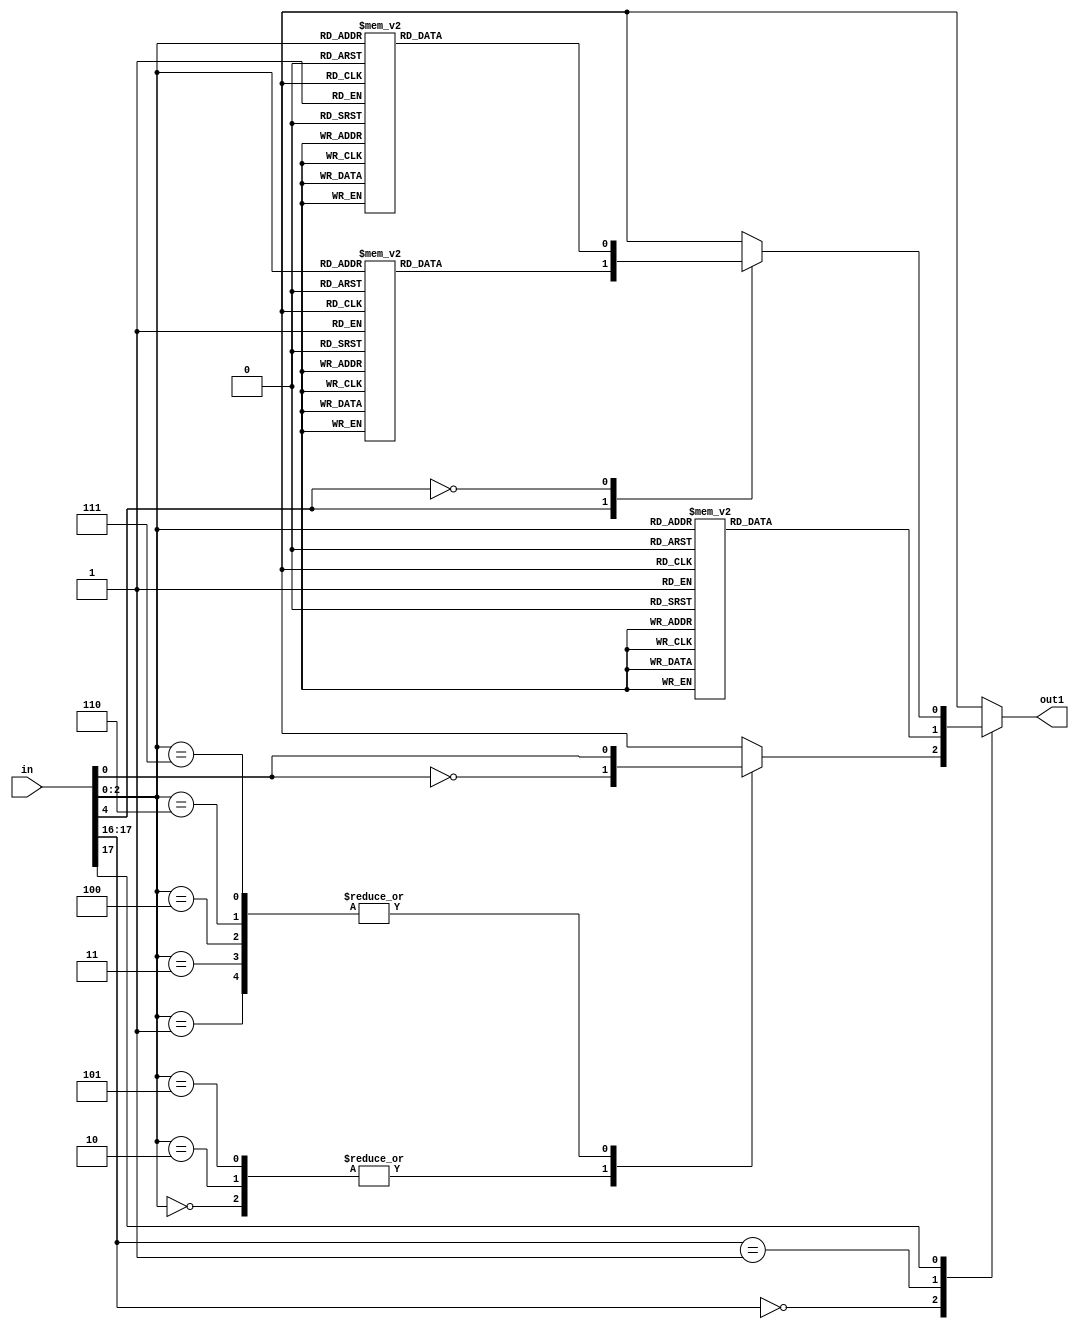
module sub_17 (
   out1,
   in
   );
   input      [23:0] in;
   output reg [0:0] out1;  
   parameter [1023:0] RANDOM = 1024'b101011010100011011100111101001000000101000001111111111100110000110011011010110011101000100110000110101111101000111100100010111001001110001010101000111000100010000010011100001100011110110110000101100011111000110111110010110011000011111111010101110001101010010001111110111100000110111101100110101110001110110000010000110101110111001111001100001101110001011100111001001110101001010000110101010100101111000010000010110100101110100110000110110101000100011101111100011000110011001100010010011001101100100101110010100110101001110011111110010000111001111000010001101100101101110111110001000010110010011100101001011111110011010110111110000110010011110001110110011010011010110011011111001110100010110100011100001011000101111000010011111010111001110110011101110101011111001100011000101000001000100111110010100111011101010101011001101000100000101111110010011010011010001111010001110000110010100011110110011001010000011001010010110111101010010011111111010001000101100010100100010011001100110000111111000001000000001001111101110000100101;
   always @* begin
      casez (in[17:16])
	2'b00: casez (in[2:0])
		 3'h0:	out1[0] = in[0]^RANDOM[0];
		 3'h1:	out1[0] = in[0]^RANDOM[1];
		 3'h2:	out1[0] = in[0]^RANDOM[2];
		 3'h3:	out1[0] = in[0]^RANDOM[3];
		 3'h4:	out1[0] = in[0]^RANDOM[4];
		 3'h5:	out1[0] = in[0]^RANDOM[5];
		 3'h6:	out1[0] = in[0]^RANDOM[6];
		 3'h7:	out1[0] = in[0]^RANDOM[7];
	       endcase
	2'b01: casez (in[2:0])
		 3'h0:	out1[0] = RANDOM[10];
		 3'h1:	out1[0] = RANDOM[11];
		 3'h2:	out1[0] = RANDOM[12];
		 3'h3:	out1[0] = RANDOM[13];
		 3'h4:	out1[0] = RANDOM[14];
		 3'h5:	out1[0] = RANDOM[15];
		 3'h6:	out1[0] = RANDOM[16];
		 3'h7:	out1[0] = RANDOM[17];
	       endcase
	2'b1?: casez (in[4])
		 1'b1: casez (in[2:0])
			 3'h0:	out1[0] = RANDOM[20];
			 3'h1:	out1[0] = RANDOM[21];
			 3'h2:	out1[0] = RANDOM[22];
			 3'h3:	out1[0] = RANDOM[23];
			 3'h4:	out1[0] = RANDOM[24];
			 3'h5:	out1[0] = RANDOM[25];
			 3'h6:	out1[0] = RANDOM[26];
			 3'h7:	out1[0] = RANDOM[27];
		       endcase
		 1'b0: casez (in[2:0])
			 3'h0:	out1[0] = RANDOM[30];
			 3'h1:	out1[0] = RANDOM[31];
			 3'h2:	out1[0] = RANDOM[32];
			 3'h3:	out1[0] = RANDOM[33];
			 3'h4:	out1[0] = RANDOM[34];
			 3'h5:	out1[0] = RANDOM[35];
			 3'h6:	out1[0] = RANDOM[36];
			 3'h7:	out1[0] = RANDOM[37];
		       endcase
	       endcase
      endcase
      end
endmodule